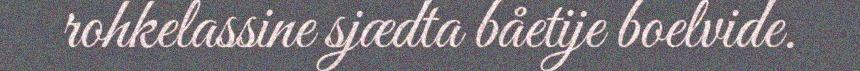
rohkelassine sjædta båetije boelvide.